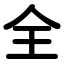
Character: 全